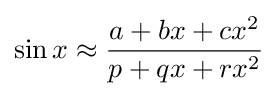
\sin x\approx {\frac {a+bx+cx^{2}}{p+qx+rx^{2}}}